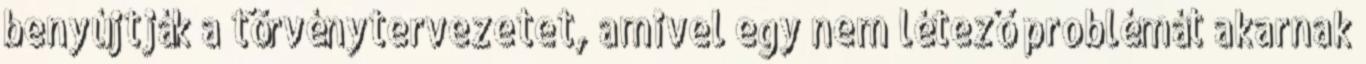
benyújtják a törvénytervezetet, amivel egy nem létező problémát akarnak